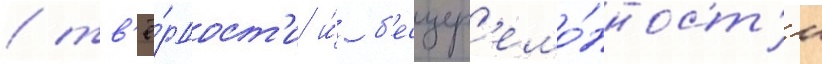
/ тв'ё́рдост'и и́ б'есцер'емо́нност'и